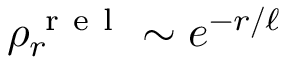
\rho _ { r } ^ { \mathrm { ~ r ~ e ~ l ~ } } \sim e ^ { - r / \ell }